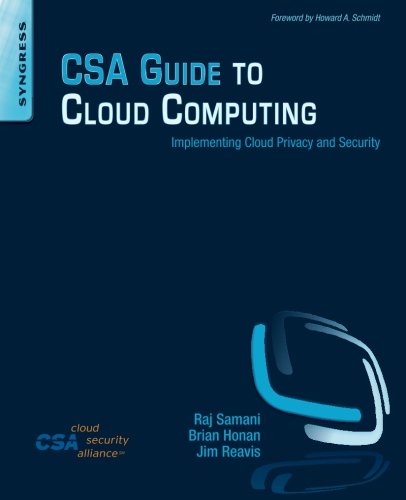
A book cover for CSA Guide to Cloud Computing: Implementing Cloud Privacy and Security; Raj Samani; Computers & Technology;